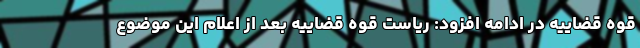
قوه قضاییه در ادامه افزود: ریاست قوه قضاییه بعد از اعلام این موضوع